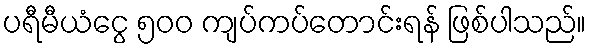
ပရီမီယံငွေ ၅၀၀ ကျပ်ကပ်တောင်းရန် ဖြစ်ပါသည်။